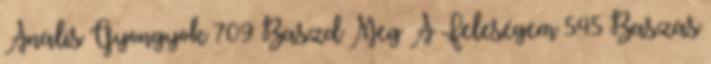
Anális Gyöngyök 709 Baszd Meg A Feleségem 545 Baszás